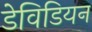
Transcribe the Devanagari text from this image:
डेविडियन